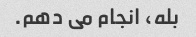
بله، انجام می دهم.